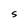
Character: S